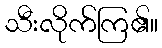
သီးလိုက်ကြ၏။